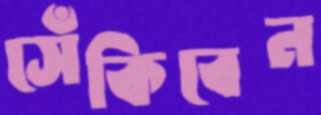
সেঁকিবেন